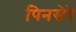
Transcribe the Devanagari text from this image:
पिनसेरे